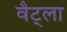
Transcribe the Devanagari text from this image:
वैट्ला